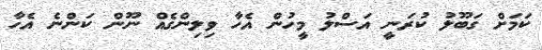
ކަމަށް ގަބޫލު ކުރަނީ އަސްލު މީހުން އެހާ ވިލިންގެއް ނޫން ކަންނެ އެހާ